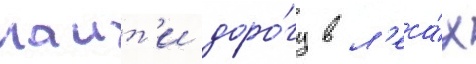
наит'и доро́гу в л'еса́х